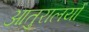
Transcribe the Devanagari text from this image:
आतुरालयों